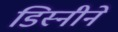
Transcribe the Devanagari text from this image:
डिस्नीने